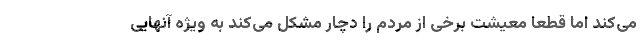
می‌کند اما قطعا معیشت برخی از مردم را دچار مشکل می‌کند به ویژه آنهایی